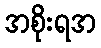
အစိုးရအ